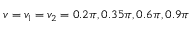
v = v _ { 1 } = v _ { 2 } = 0 . 2 \pi , 0 . 3 5 \pi , 0 . 6 \pi , 0 . 9 \pi